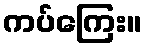
ကပ်ကြေး။